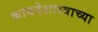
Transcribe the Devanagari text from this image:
कायदेशास्त्राच्या